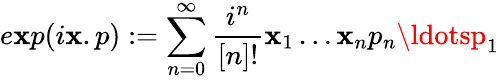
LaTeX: e\mathbf{x}p(i\mathbf{x}.p):=\sum_{n=0}^{\infty}\frac{{i^{n}}}{{[n]!}}\mathbf{x}_{1}\ldots\mathbf{x}_{n}p_{n}\ldotsp_{1}